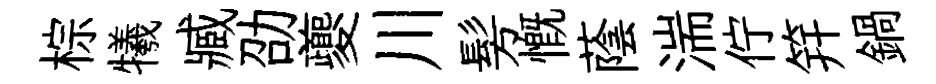
棕犧臧劭夔川髣慨蔭湍佇笄鍋